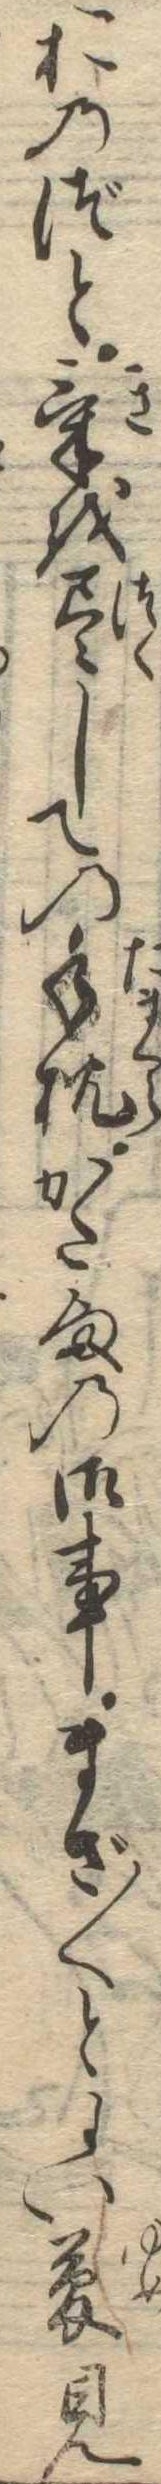
おのづと気を尽しての手枕かた様の御事まざ〱とよい夢見